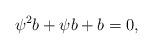
LaTeX: \begin{align*} \psi^2 b + \psi b + b = 0, \\\end{align*}